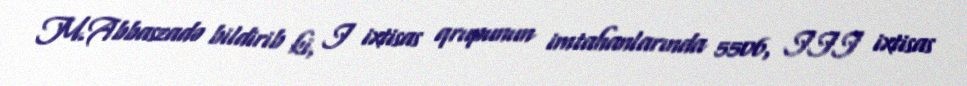
M.Abbaszadə bildirib ki, I ixtisas qrupunun imtahanlarında 5506, III ixtisas